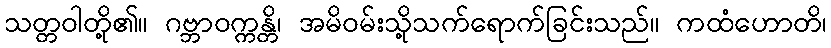
သတ္တဝါတို့၏။ ဂဗ္ဘာဝက္ကန္တိ၊ အမိဝမ်းသို့သက်ရောက်ခြင်းသည်။ ကထံဟောတိ၊